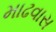
માઢવાસ